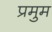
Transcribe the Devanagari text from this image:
प्रमुम